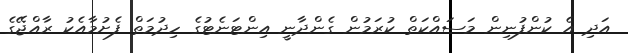
އަދި އެ ކުންފުނިން މަސައްކަތް ކުރަމުން ގެންދާނީ އިންޓަނެޓުގެ ހިދުމަތް ފެށުމާއެކު ރާއްޖޭގެ